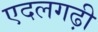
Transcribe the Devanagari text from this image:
एदलगढ़ी